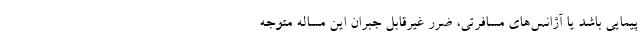
پیمایی باشد یا آژانس‌های مسافرتی، ضرر غیرقابل جبران این مساله متوجه